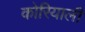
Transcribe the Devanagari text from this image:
कोरियाली